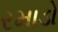
રમાડો